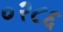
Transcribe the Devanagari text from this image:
०२८६